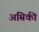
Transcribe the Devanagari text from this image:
अम्रिकी